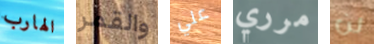
الهارب والقمر علي مرري لن